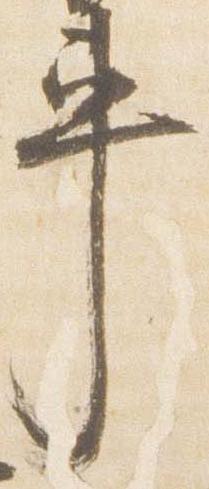
車